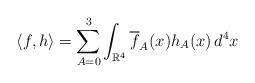
LaTeX: \begin{align*} \langle f,h \rangle = \sum_{A = 0}^3 \int_{\mathbb{R}^4} \overline{f}_A(x) h_A(x)\, d^4x \,\end{align*}